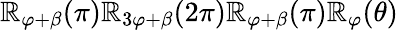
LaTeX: \mathbb{R}_{\varphi+\beta}(\pi)\mathbb{R}_{3\varphi+\beta}(2\pi)\mathbb{R}_{\varphi+\beta}(\pi)\mathbb{R}_{\varphi}(\theta)